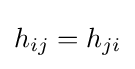
h_{ij}=h_{ji}